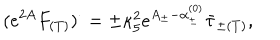
LaTeX: ( e ^ { 2 A } F _ { ( T ) } ) ^ { \cdot } = \pm \kappa _ { 5 } ^ { 2 } e ^ { A _ { \pm } - \alpha _ { \pm } ^ { ( 0 ) } } \bar { \tau } _ { \pm ( T ) } ,